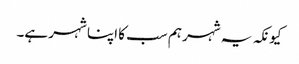
کیونکہ یہ شہر ہم سب کا اپنا شہر ہے۔